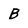
Character: B